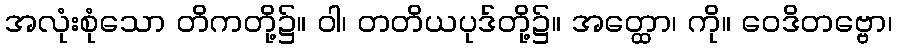
အလုံးစုံသော တိကတို့၌။ ဝါ၊ တတိယပုဒ်တို့၌။ အတ္ထော၊ ကို။ ဝေဒိတဗ္ဗော၊